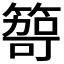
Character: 𥰮